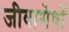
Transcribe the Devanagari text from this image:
जीवाशेषों